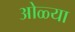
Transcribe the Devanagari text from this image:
ओळ्या